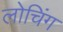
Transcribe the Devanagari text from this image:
लोचिंग